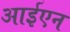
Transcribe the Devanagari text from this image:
आईएन